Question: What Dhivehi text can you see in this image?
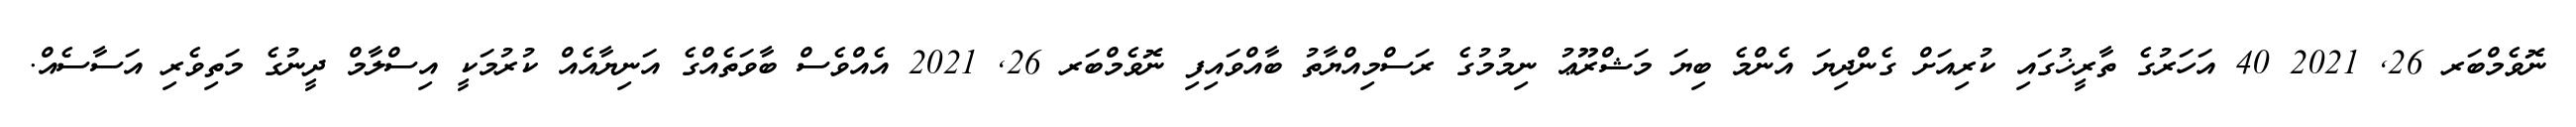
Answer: ނޮވެމްބަރ 26, 2021 40 އަހަރުގެ ތާރީޚުގައި ކުރިއަށް ގެންދިޔަ އެންމެ ބިޔަ މަޝްރޫޢު ނިމުމުގެ ރަސްމިއްޔާތު ބާއްވައިފި ނޮވެމްބަރ 26, 2021 އެއްވެސް ބާވަތެއްގެ އަނިޔާއެއް ކުރުމަކީ އިސްލާމް ދީނުގެ މަތިވެރި އަސާސެއް.